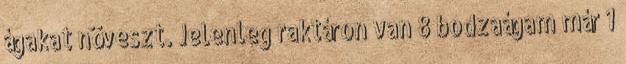
ágakat növeszt. Jelenleg raktáron van 8 bodzaágam már 1